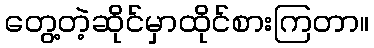
တွေ့တဲ့ဆိုင်မှာထိုင်စားကြတာ။